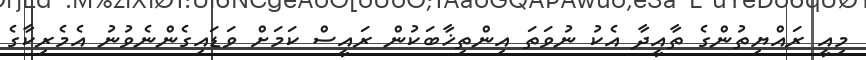
މިއީ ރައްޔިތުންގެ ތާއީދާ އެކު ނުވަތަ އިންތިޚާބަކުން ރައީސް ކަމަށް ވަޑައިގެންނެވުނު އެމެރިކާގެ